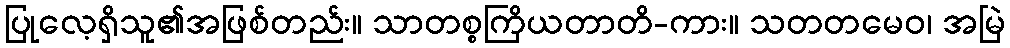
ပြုလေ့ရှိသူ၏အဖြစ်တည်း။ သာတစ္စကြိယတာတိ-ကား။ သတတမေဝ၊ အမြဲ